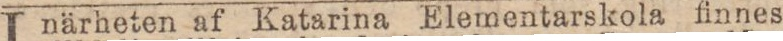
Inärheten af Katarina Elementarskola finnes